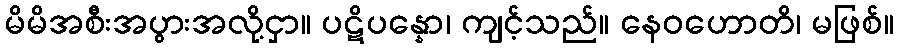
မိမိအစီးအပွားအလို့ငှာ။ ပဋိပန္နော၊ ကျင့်သည်။ နေဝဟောတိ၊ မဖြစ်။